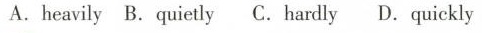
A.heavily B.quietly C.hardly D.quickly